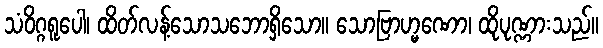
သံဝိဂ္ဂရူပေါ၊ ထိတ်လန့်သောသဘောရှိသော။ သောဗြာဟ္မဏော၊ ထိုပုဏ္ဏားသည်။